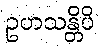
ဥဟသန္တိပိ